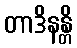
တာဒိနန္တိ